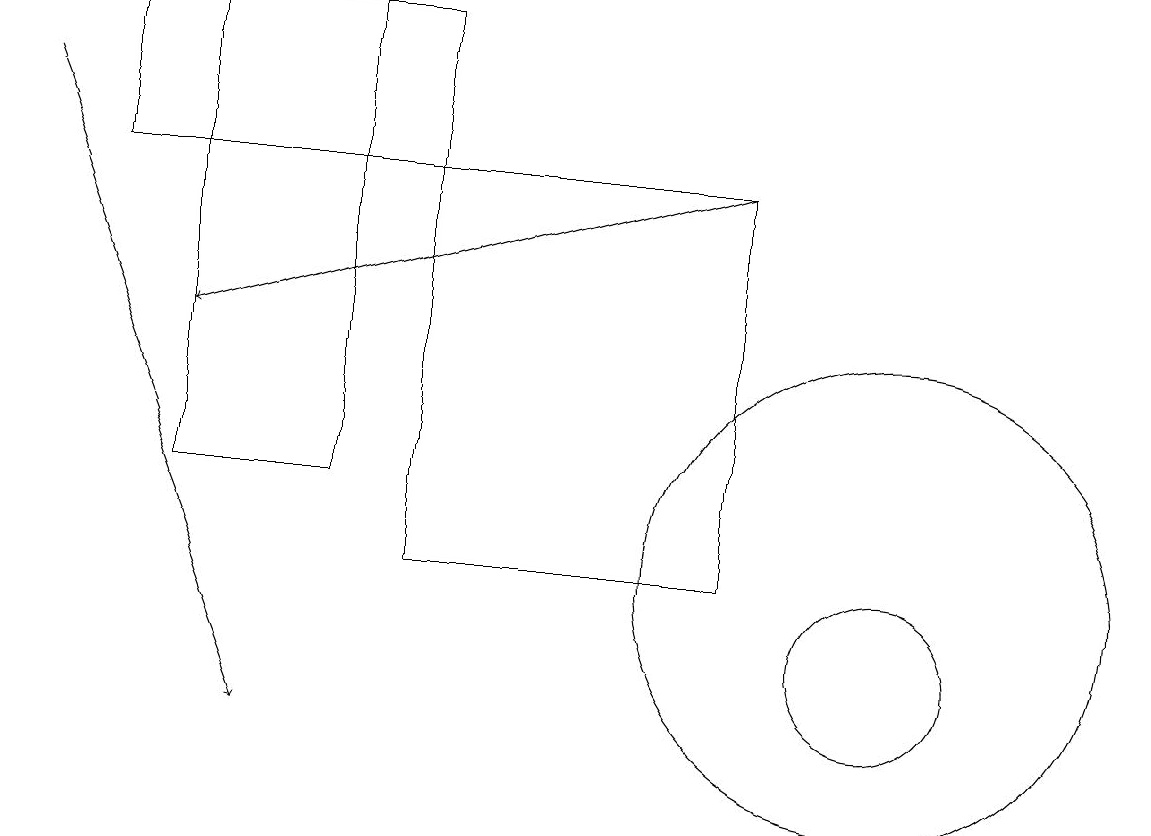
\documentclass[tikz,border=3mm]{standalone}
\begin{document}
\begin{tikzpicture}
\draw (11,12) circle (3);
\draw[->] (0,18) -- (3,10);
\draw (11,11) circle (1);
\draw (10,12) circle (0);
\draw (1,19) rectangle (5,17);
\draw[->] (9,17) -- (2,15);
\draw (2,13) rectangle (4,19);
\draw (5,17) rectangle (9,12);
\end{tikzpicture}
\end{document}